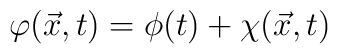
{\varphi}(\vec{x},t) = {\phi}(t) + {\chi}(\vec{x},t)